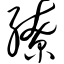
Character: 缭